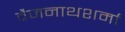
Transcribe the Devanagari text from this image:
वैजनाथशर्मा